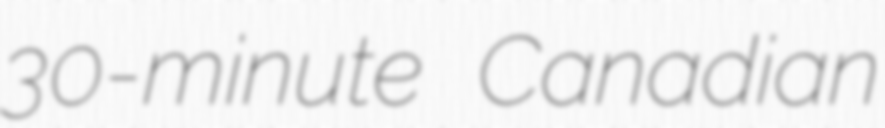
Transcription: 30-minute Canadian